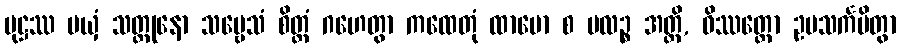
ပုဋ္ဌဿ မယှံ သတ္ထုနော သဗ္ဗေသံ စိတ္တံ ဂဟေတွာ ကထေတုံ ထာမော စ ဗလဉ္စ အတ္ထိ, ဝိဿတ္ထော ဥပသင်္ကမိတွာ